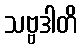
သဗ္ဗဒါတိ